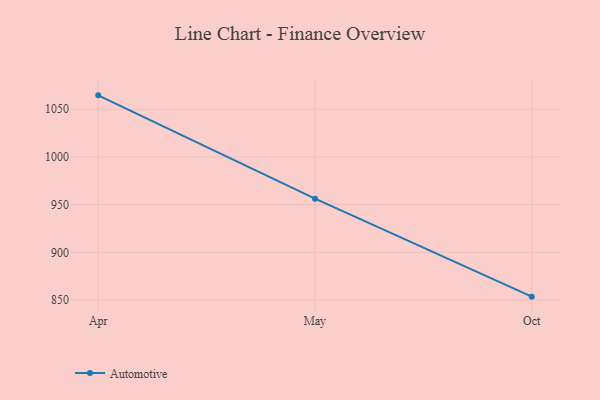
{"axis": {"x": "Month", "y": "Page Views"}, "legend": ["Automotive"], "data": [{"x": "Apr", "y": 1064.6, "type": "Automotive"}, {"x": "May", "y": 956.2, "type": "Automotive"}, {"x": "Oct", "y": 853.5, "type": "Automotive"}]}